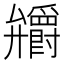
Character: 𭚞